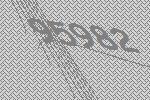
95982